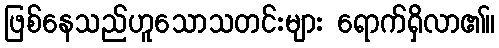
ဖြစ်နေသည်ဟူသောသတင်းများ ရောက်ရှိလာ၏။